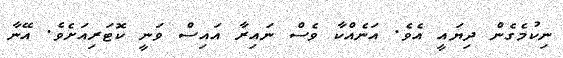
ނިކުމެގެން ދިޔައީ އެވެ. އަނެއްކާ ވެސް ނައިރާ އައިސް ވަނީ ކޮޓަރިއަށެވެ. އޭނާ